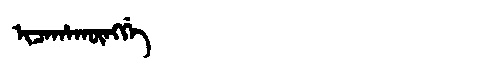
Manchu: ᡳᠴᠠᡥᠠᡴᡡᠩᡤᡝ
Romanization: ICAHAKŪNGGE